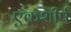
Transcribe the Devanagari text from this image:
एकशीर्ष